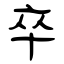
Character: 卒